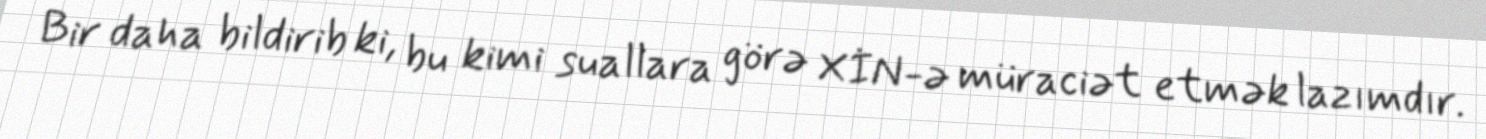
Bir daha bildirib ki, bu kimi suallara görə XİN-ə müraciət etmək lazımdır.